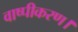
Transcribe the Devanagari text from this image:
वाष्पीकरण।